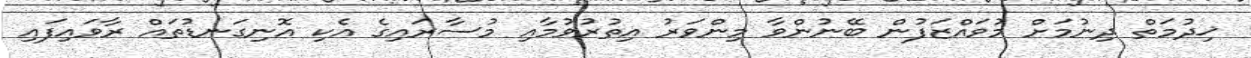
ޚިދުމަތް ދިނުމަށް މުވައްޒަފުން ބޭނުންވާ މިންވަރު އިތުރުވުމާއި މުސާރައިގެ އެކި އޮނިގަނޑުތައް ރާވައިފައި